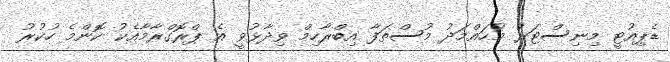
ޑެޕިއުޓީ މިނިސްޓަރު މުހައްމަދު މުސްތަފާ އިބްރާހިމް ވިދާޅުވީ އެ ޕްރޮގްރާމާއެކު ކޮންމެ ހުކުރު